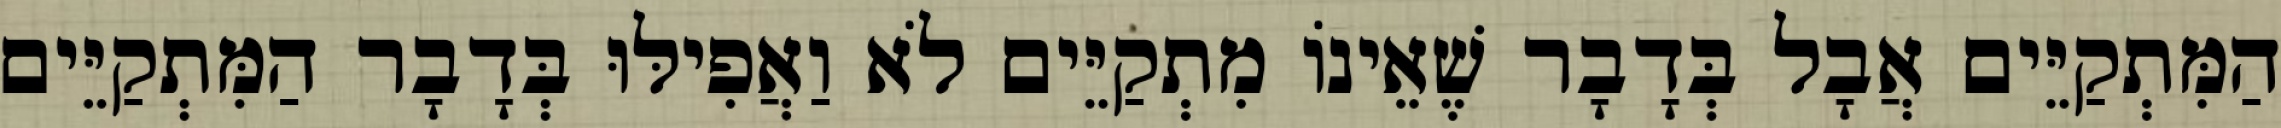
הַמִּתְקַיֵּים אֲבָל בְּדָבָר שֶׁאֵינוֹ מִתְקַיֵּים לֹא וַאֲפִילּוּ בְּדָבָר הַמִּתְקַיֵּים